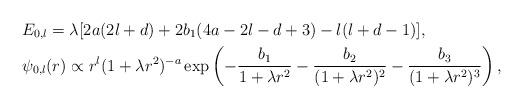
LaTeX: \begin{align*} &E_{0,l} = \lambda [2a(2l+d) + 2b_1(4a-2l-d+3) - l(l+d-1)], \\ &\psi_{0,l}(r) \propto r^l (1+\lambda r^2)^{-a} \exp\left(- \frac{b_1}{1+\lambda r^2} - \frac{b_2}{(1+\lambda r^2)^2} - \frac{b_3}{(1+\lambda r^2)^3}\right),\end{align*}